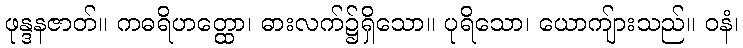
ဖုန္ဒနဇာတ်။ ကဓရိဟတ္ထော၊ ဓားလက်၌ရှိသော။ ပုရိသော၊ ယောကျ်ားသည်။ ဝနံ၊